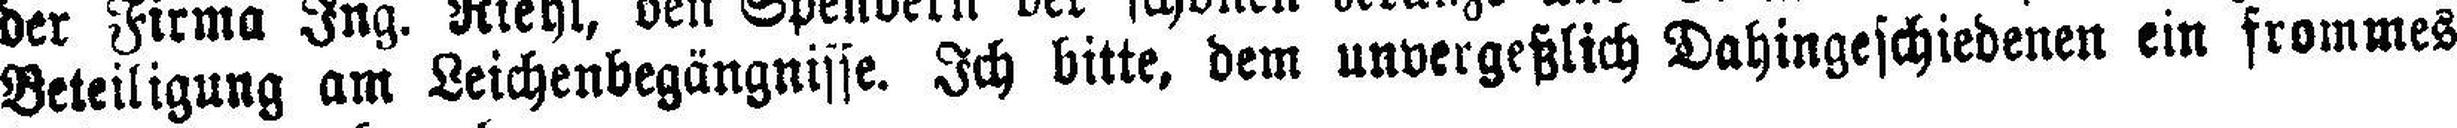
Beteiligung am Leichenbegängnisse. Ich bitte, dem unvergeßlich Dahingeschiedenen ein frommes